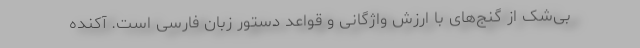
بی‌شک از گنج‌های با ارزش واژگانی و قواعد دستور زبان فارسی است. آکنده